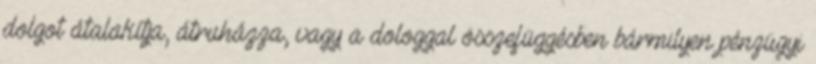
dolgot átalakítja, átruházza, vagy a dologgal összefüggésben bármilyen pénzügyi